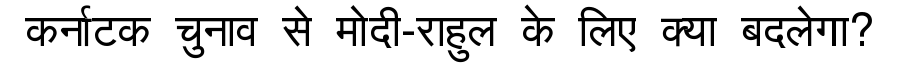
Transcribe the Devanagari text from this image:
कर्नाटक चुनाव से मोदी-राहुल के लिए क्या बदलेगा?